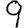
Digit: 9